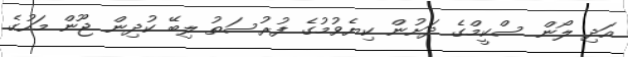
އަދި ލޯން ސްކީމްގެ ދަށުން ކިޔެވުމުގެ ފުރުސަތު ލިބޭ ކުދިން ޖޫން މަހުގެ